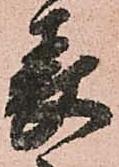
表